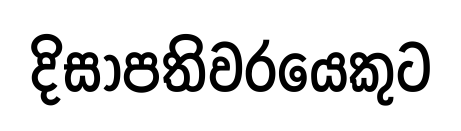
දිසාපතිවරයෙකුට